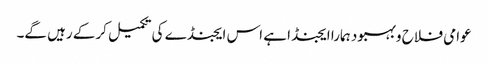
عوامی فلاح وبہبود ہمارا ایجنڈا ہے اس ایجنڈے کی تکمیل کرکے رہیں گے۔